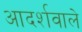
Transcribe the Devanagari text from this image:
आदर्शवाले